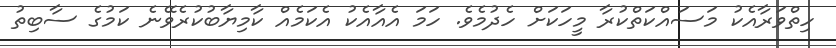
ހިތްވަރާއެކު މަސައްކަތްކުރާ މީހަކަށް ހެދުމެވެ. ހަމަ އެއާއެކު އެކަމެއް ކާމިޔާބުކުރެވޭނެ ކަމުގެ ސާބިތު